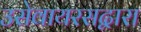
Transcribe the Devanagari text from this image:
उसेवायरसद्वारा